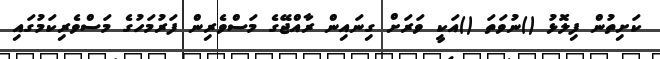
ކަށިތުން ފިލޮޅު ()ނުވަތަ ()އަކީ ވަރަށް ގިނައިން ރާއްޖޭގެ މަސްވެރިން ފަރުމަހުގެ މަސްވެރިކަމުގައި